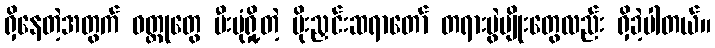
ရှိနေတဲ့အတွက် ဝတ္ထုတွေ မီးပုံရှို့တဲ့ မိုးညှင်းဆရာတော် တရားပွဲမျိုးတွေလည်း ရှိခဲ့ပါတယ်။